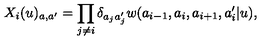
X _ { i } ( u ) _ { a , a ^ { \prime } } = \prod _ { j \not = i } \delta _ { a _ { j } a _ { j } ^ { \prime } } w ( a _ { i - 1 } , a _ { i } , a _ { i + 1 } , a _ { i } ^ { \prime } | u ) ,